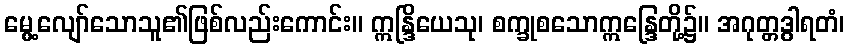
မွေ့လျော်သောသူ၏ဖြစ်လည်းကောင်း။ ဣန္ဒြိယေသု၊ စက္ခုစသောဣန္ဒြေတို့၌။ အဂုတ္တဒွါရတံ၊